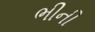
ભીની